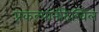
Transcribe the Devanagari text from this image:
प्रकल्पांनीदेखिल